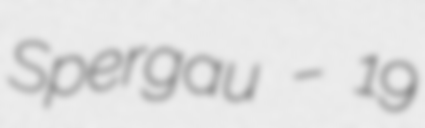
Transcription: Spergau – 19